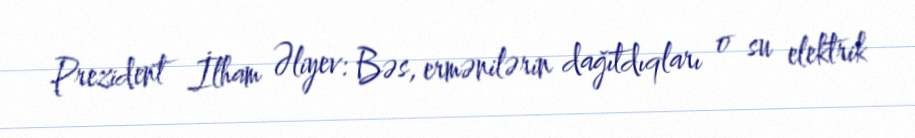
Prezident İlham Əliyev: Bəs, ermənilərin dağıtdıqları o su elektrik